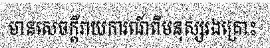
មានសេចក្តីរាយការណ៍ពីមនុស្សរងគ្រោះ